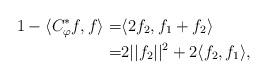
LaTeX: \begin{align*}1-\langle C_\varphi^*f,f\rangle=&\langle 2f_2,f_1+f_2\rangle\\=&2||f_2||^2+2\langle f_2,f_1\rangle,\end{align*}